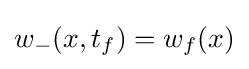
w_{-}(x,t_{f})=w_{f}(x)